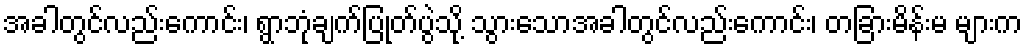
အခါတွင်လည်းကောင်း၊ ရွာဘုံချက်ပြုတ်ပွဲသို့ သွားသောအခါတွင်လည်းကောင်း၊ တခြားမိန်းမ များက